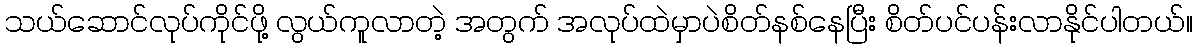
သယ်ဆောင်လုပ်ကိုင်ဖို့ လွယ်ကူလာတဲ့ အတွက် အလုပ်ထဲမှာပဲစိတ်နစ်နေပြီး စိတ်ပင်ပန်းလာနိုင်ပါတယ်။